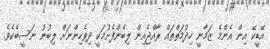
އޭޑީކޭ އިން އެންމެ ޒަމާނީ ހިދުމަތްތައް ރާއްޖެއިން ލިބެންފެށުމަކީ ދިވެހިންނަށް ލިބުނު ނަސީބެކެވެ.